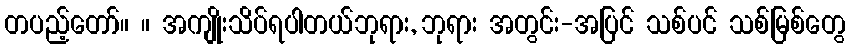
တပည့်တော်။ ။ အကျိုးသိပ်ရပါတယ်ဘုရား, ဘုရား အတွင်း-အပြင် သစ်ပင် သစ်မြစ်တွေ